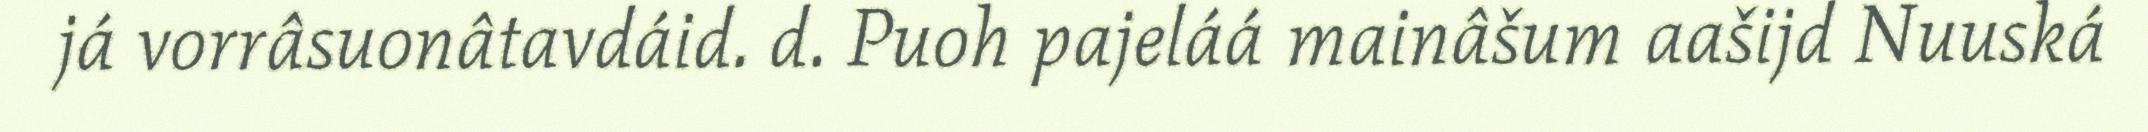
já vorrâsuonâtavdáid. d. Puoh pajeláá mainâšum aašijd Nuuská